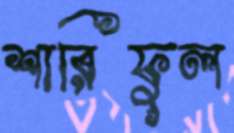
শারিফুল